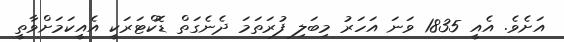
އަށެވެ. އެއީ 1835 ވަނަ އަހަރު މިބަލި ފުރަތަމަ ދެނެގަތް ޑޮކްޓަރަކީ އެއީކަމަށްވާތީ